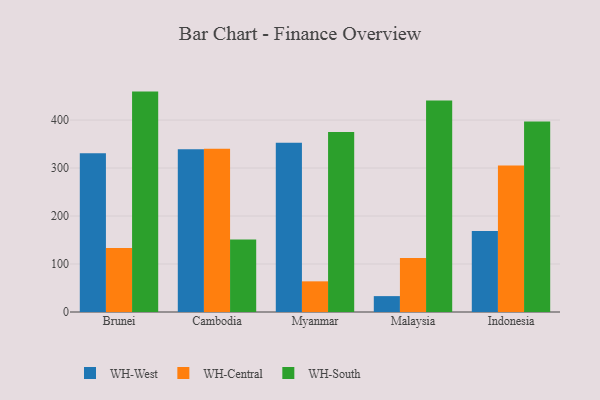
{"axis": {"x": "Country", "y": "Budget (USD K)"}, "legend": ["WH-Central", "WH-South", "WH-West"], "data": [{"x": "Brunei", "y": 330.7, "type": "WH-West"}, {"x": "Brunei", "y": 133.3, "type": "WH-Central"}, {"x": "Brunei", "y": 459.3, "type": "WH-South"}, {"x": "Cambodia", "y": 339.4, "type": "WH-West"}, {"x": "Cambodia", "y": 340.2, "type": "WH-Central"}, {"x": "Cambodia", "y": 151.1, "type": "WH-South"}, {"x": "Myanmar", "y": 352.9, "type": "WH-West"}, {"x": "Myanmar", "y": 63.9, "type": "WH-Central"}, {"x": "Myanmar", "y": 375.2, "type": "WH-South"}, {"x": "Malaysia", "y": 33.1, "type": "WH-West"}, {"x": "Malaysia", "y": 112.7, "type": "WH-Central"}, {"x": "Malaysia", "y": 440.7, "type": "WH-South"}, {"x": "Indonesia", "y": 168.6, "type": "WH-West"}, {"x": "Indonesia", "y": 305.5, "type": "WH-Central"}, {"x": "Indonesia", "y": 397.0, "type": "WH-South"}]}